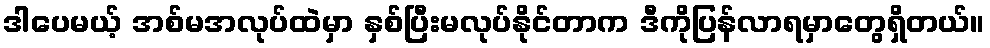
ဒါပေမယ့် အစ်မအလုပ်ထဲမှာ နှစ်ပြီးမလုပ်နိုင်တာက ဒီကိုပြန်လာရမှာတွေရှိတယ်။